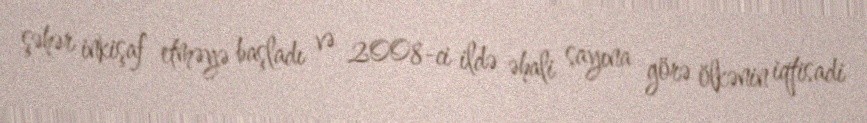
şəhər inkişaf etməyə başladı və 2008-ci ildə əhali sayına görə ölkənin iqtisadi